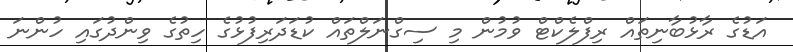
އަޑުގެ ރާޅުބާނިތައް ރިފްލެކްޓް ވުމުން މި ސިގްނަލްތައް ކުޑަދަރިފުޅުގެ ހިތުގެ ވިންދުގައި ހުންނަ